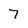
Character: 7